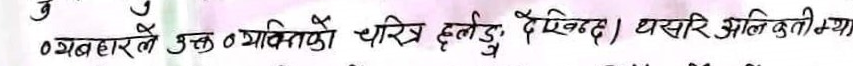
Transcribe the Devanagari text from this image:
० जब हारले उक्त ० भविष्यको चरित्र झल्काउँदैं देखिन्छ। यसरी अलि कति मात्र